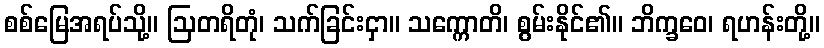
စစ်မြေအရပ်သို့။ ဩတရိတုံ၊ သက်ခြင်းငှာ။ သက္ကောတိ၊ စွမ်းနိုင်၏။ ဘိက္ခဝေ၊ ရဟန်းတို့။